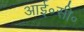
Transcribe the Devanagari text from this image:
आई॰सी॰